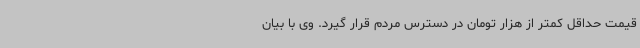
قیمت حداقل کمتر از هزار تومان در دسترس مردم قرار گیرد. وی با بیان